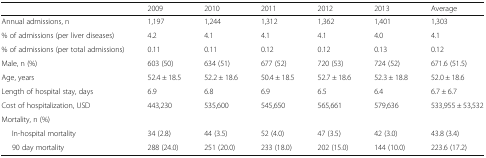
<table><thead><tr><td></td><td><b>2009</b></td><td><b>2010</b></td><td><b>2011</b></td><td><b>2012</b></td><td><b>2013</b></td><td><b>Average</b></td></tr></thead><tbody><tr><td>Annual admissions, n</td><td>1,197</td><td>1,244</td><td>1,312</td><td>1,362</td><td>1,401</td><td>1,303</td></tr><tr><td>% of admissions (per liver diseases)</td><td>4.2</td><td>4.1</td><td>4.1</td><td>4.1</td><td>4.0</td><td>4.1</td></tr><tr><td>% of admissions (per total admissions)</td><td>0.11</td><td>0.11</td><td>0.12</td><td>0.12</td><td>0.13</td><td>0.12</td></tr><tr><td>Male, n (%)</td><td>603 (50)</td><td>634 (51)</td><td>677 (52)</td><td>720 (53)</td><td>724 (52)</td><td>671.6 (51.5)</td></tr><tr><td>Age, years</td><td>52.4 ± 18.5</td><td>52.2 ± 18.6</td><td>50.4 ± 18.5</td><td>52.7 ± 18.6</td><td>52.3 ± 18.8</td><td>52.0 ± 18.6</td></tr><tr><td>Length of hospital stay, days</td><td>6.9</td><td>6.8</td><td>6.9</td><td>6.5</td><td>6.4</td><td>6.7 ± 6.7</td></tr><tr><td>Cost of hospitalization, USD</td><td>443,230</td><td>535,600</td><td>545,650</td><td>565,661</td><td>579,636</td><td>533,955 ± 53,532</td></tr><tr><td colspan="7">Mortality, n (%)</td></tr><tr><td>‒ In-hospital mortality</td><td>34 (2.8)</td><td>44 (3.5)</td><td>52 (4.0)</td><td>47 (3.5)</td><td>42 (3.0)</td><td>43.8 (3.4)</td></tr><tr><td>‒ 90 day mortality</td><td>288 (24.0)</td><td>251 (20.0)</td><td>233 (18.0)</td><td>202 (15.0)</td><td>144 (10.0)</td><td>223.6 (17.2)</td></tr></tbody></table>